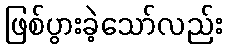
ဖြစ်ပွားခဲ့သော်လည်း